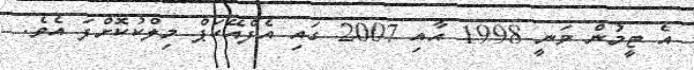
އެ ޓީމުން ވަނީ 1998 އާއި 2007 ގައި އެފްއޭކަޕް މިލްކުކޮށްފަ އެވެ.